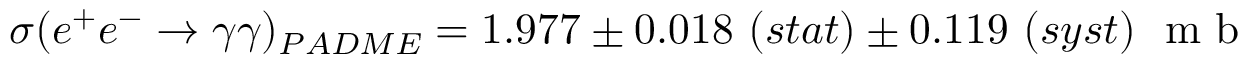
\sigma ( e ^ { + } e ^ { - } \rightarrow \gamma \gamma ) _ { P A D M E } = 1 . 9 7 7 \pm 0 . 0 1 8 \ ( s t a t ) \pm 0 . 1 1 9 \ ( s y s t ) \ \mathrm { ~ m ~ b ~ }